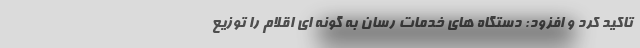
تاکید کرد و افزود: دستگاه های خدمات رسان به گونه ای اقلام را توزیع